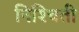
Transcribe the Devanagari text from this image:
निश्‍चिती